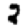
Digit: 2